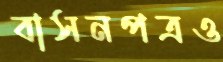
বাসনপত্রও